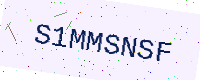
Text: S1MMSNSF